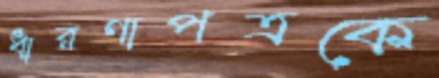
ধারণাপত্রকে